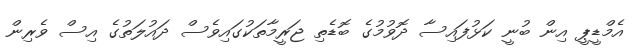
އެމްޑީޕީ އިން ބުނީ ކަޅުފައިސާ ދޮވުމުގެ ބޮޑެތި ޖަރީމާތަކުގައިވެސް ދައުލަތުގެ އިސް ވެރިން